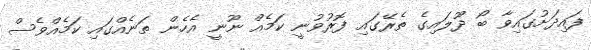
ފައިދަށުގައިވާ ބޯ ދޫލައިގެ ތެރޭގައި ފޮރުވުނީ ކަމެއް ނޫނީ އެހެން ތަނެއްގައި ކަމެއްވެސް